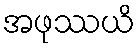
အဖုဿယိ